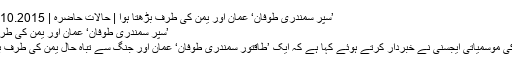
’سُپر سمندری طوفان‘ عمان اور یمن کی طرف بڑھتا ہوا | حالات حاضرہ | DW | 30.10.2015
’سُپر سمندری طوفان‘ عمان اور یمن کی طرف بڑھتا ہوا
اقوام متحدہ کی موسمیاتی ایجسنی نے خبردار کرتے ہوئے کہا ہے کہ ایک ’طاقتور سمندری طوفان‘ عمان اور جنگ سے تباہ حال یمن کی طرف بڑھ رہا ہے۔